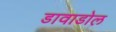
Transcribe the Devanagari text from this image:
डावाडोल